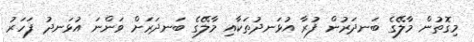
މިގޮތުން މާލޭގެ ބަނދަރުން ފުރާ އުޅަނދުތަކާއި މާލޭގެ ބަނދަރަށް ވަންނަ އުޅަނދު ފަހަރު